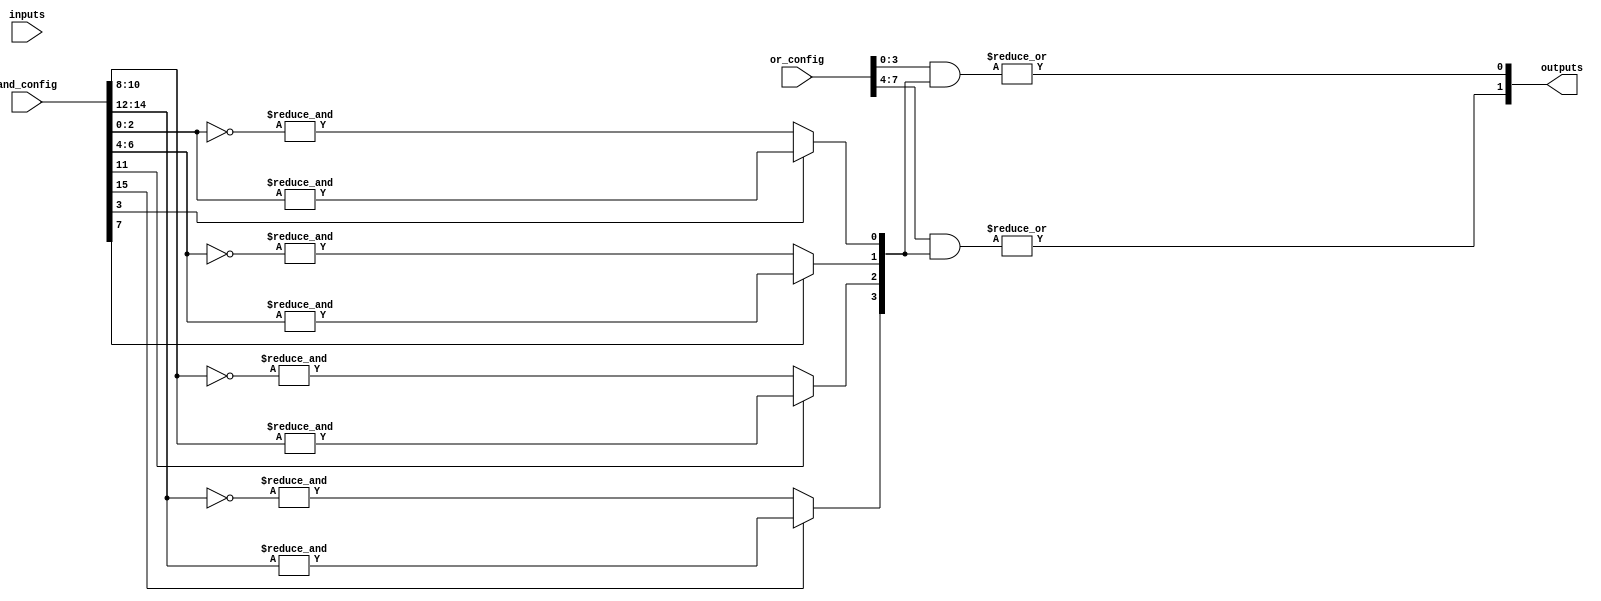
module PLA #(
    parameter NUM_INPUTS = 3,  // Number of inputs (A, B, C, ...)
    parameter NUM_AND_GATES = 4, // Number of AND gates (product terms)
    parameter NUM_OUTPUTS = 2   // Number of outputs (Y1, Y2, ...)
)(
    input  wire [NUM_INPUTS-1:0] inputs, // Input signals
    input  wire [NUM_AND_GATES*(NUM_INPUTS+1)-1:0] and_config, // AND gate configuration
    input  wire [NUM_OUTPUTS*NUM_AND_GATES-1:0] or_config, // OR gate configuration
    output wire [NUM_OUTPUTS-1:0] outputs // Output signals
);

    // Internal wires for AND gate outputs
    wire [NUM_AND_GATES-1:0] and_outputs;

    // Generate AND gates based on configuration
    genvar i, j;
    generate
        for (i = 0; i < NUM_AND_GATES; i = i + 1) begin : and_gate
            wire [NUM_INPUTS-1:0] and_inputs;
            assign and_inputs = and_config[i*(NUM_INPUTS+1) +: NUM_INPUTS]; // Select inputs for this AND gate
            wire and_enable = and_config[i*(NUM_INPUTS+1) + NUM_INPUTS]; // Enable signal (1 for normal, 0 for inverted)

            // Generate the AND gate output
            assign and_outputs[i] = and_enable ? &and_inputs : &(~and_inputs);
        end
    endgenerate

    // Generate OR gates based on configuration
    generate
        for (j = 0; j < NUM_OUTPUTS; j = j + 1) begin : or_gate
            wire [NUM_AND_GATES-1:0] or_inputs;
            assign or_inputs = or_config[j*NUM_AND_GATES +: NUM_AND_GATES]; // Select inputs for this OR gate

            // Generate the OR gate output
            assign outputs[j] = |(or_inputs & and_outputs); // OR the selected AND gate outputs
        end
    endgenerate

endmodule